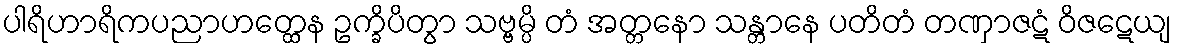
ပါရိဟာရိကပညာဟတ္ထေန ဥက္ခိပိတွာ သဗ္ဗမ္ပိ တံ အတ္တနော သန္တာနေ ပတိတံ တဏှာဇဋံ ဝိဇဋေယျ